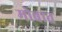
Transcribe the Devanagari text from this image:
मोबात